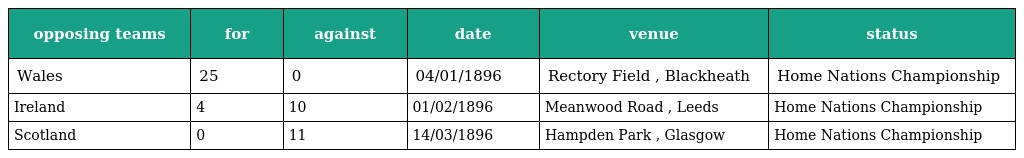
| opposing teams | for | against | date | venue | status |
 | --- | --- | --- | --- | --- | --- |
 | Wales | 25 | 0 | 04/01/1896 | Rectory Field , Blackheath | Home Nations Championship |
 | Ireland | 4 | 10 | 01/02/1896 | Meanwood Road , Leeds | Home Nations Championship |
 | Scotland | 0 | 11 | 14/03/1896 | Hampden Park , Glasgow | Home Nations Championship |